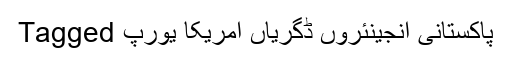
Tagged پاکستانی انجینئروں ڈگریاں امریکا یورپ